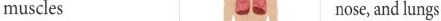
muscles nose, and lungs